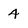
Character: 4